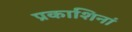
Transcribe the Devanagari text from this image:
प्रकाशिनां